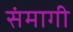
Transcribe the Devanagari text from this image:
संमागी